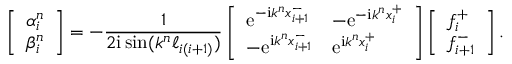
\left[ \begin{array} { l } { \alpha _ { i } ^ { n } } \\ { \beta _ { i } ^ { n } } \end{array} \right] = - \frac { 1 } { 2 \mathrm { i } \sin ( k ^ { n } \ell _ { i ( i + 1 ) } ) } \left[ \begin{array} { l l } { \mathrm { e } ^ { - \mathrm { i } k ^ { n } x _ { i + 1 } ^ { - } } } & { - \mathrm { e } ^ { - \mathrm { i } k ^ { n } x _ { i } ^ { + } } } \\ { - \mathrm { e } ^ { \mathrm { i } k ^ { n } x _ { i + 1 } ^ { - } } } & { \mathrm { e } ^ { \mathrm { i } k ^ { n } x _ { i } ^ { + } } } \end{array} \right] \left[ \begin{array} { l } { f _ { i } ^ { + } } \\ { f _ { i + 1 } ^ { - } } \end{array} \right] .